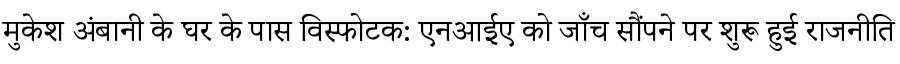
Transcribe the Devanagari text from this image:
मुकेश अंबानी के घर के पास विस्फोटक: एनआईए को जाँच सौंपने पर शुरू हुई राजनीति